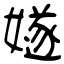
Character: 嬘